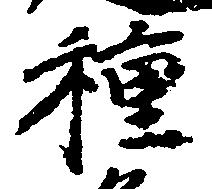
種